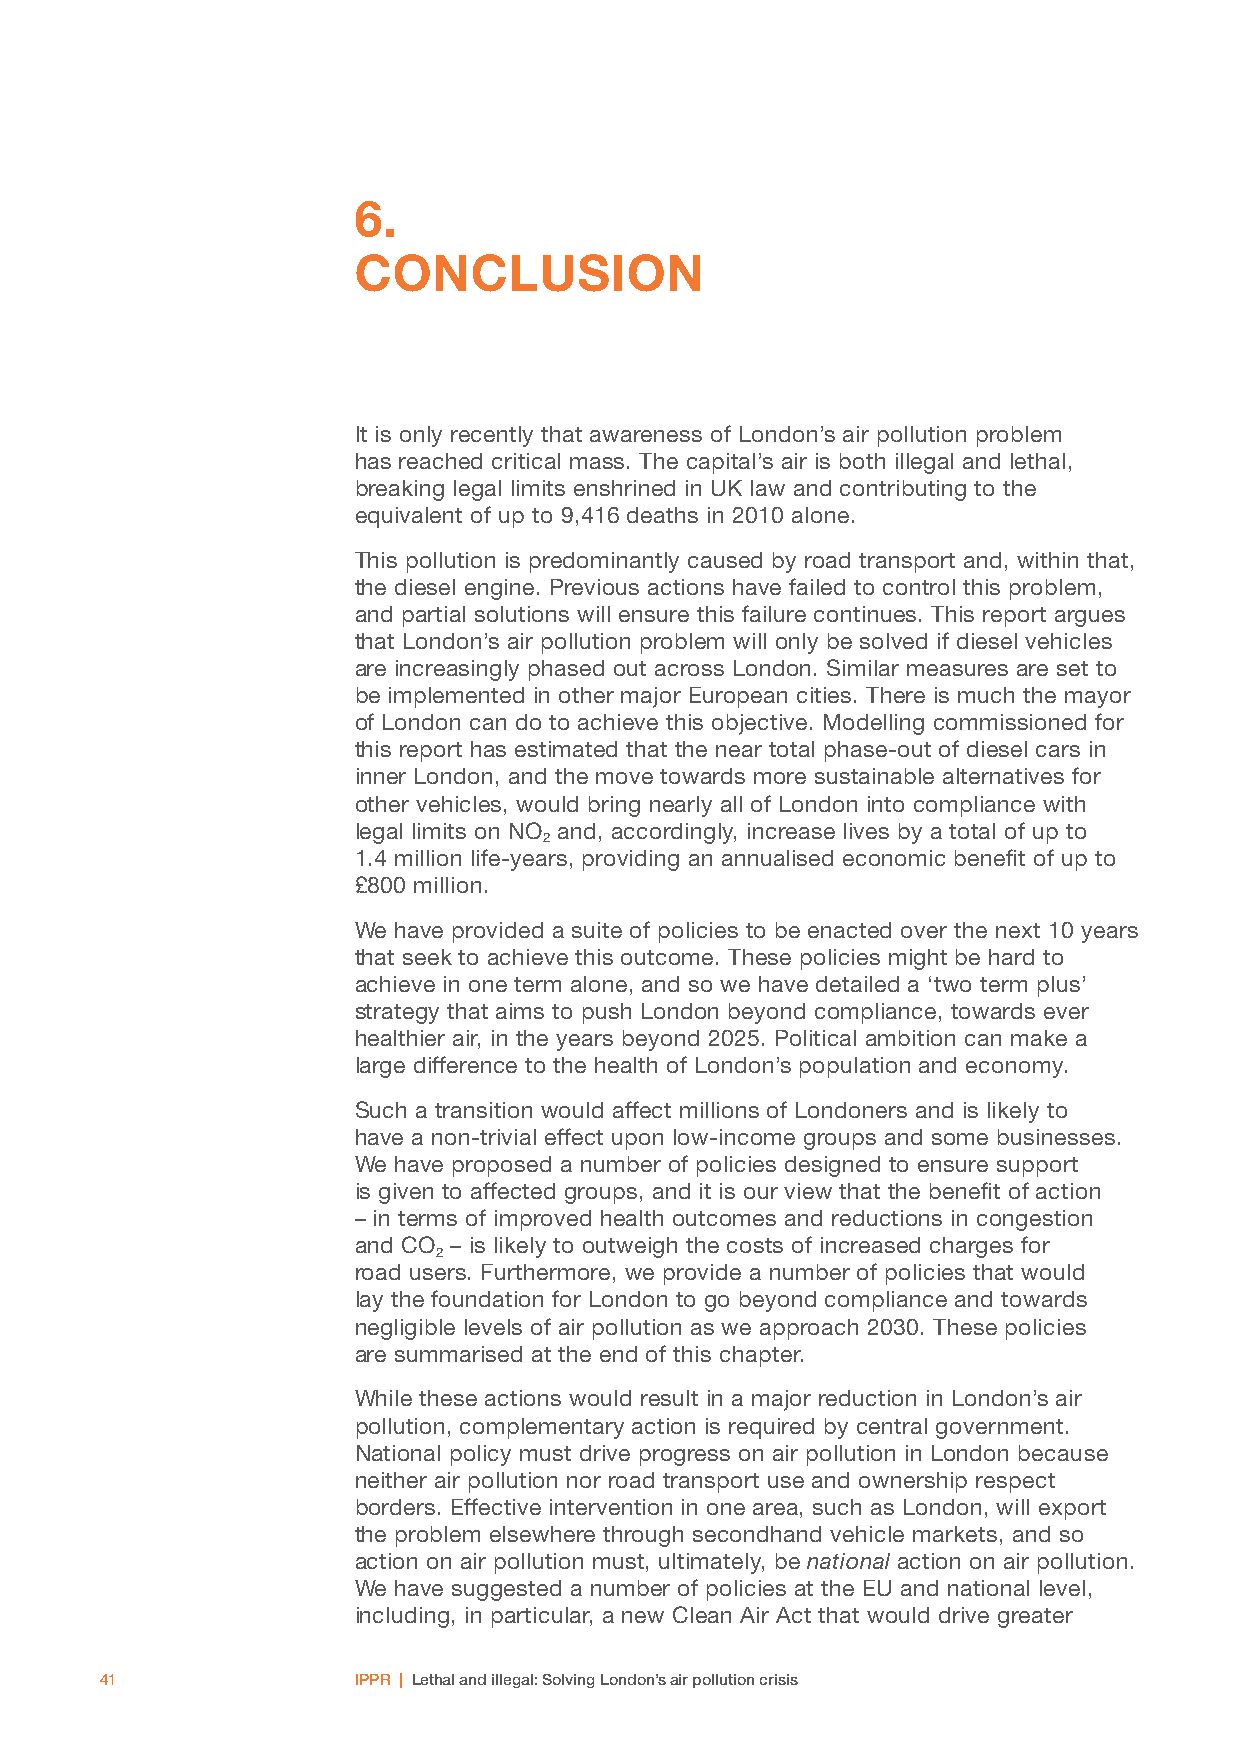
6.
 CONCLUSION
 It is only recently that awareness of London’s air pollution problem
 has reached critical mass. The capital’s air is both illegal and lethal,
 breaking legal limits enshrined in UK law and contributing to the
 equivalent of up to 9,416 deaths in 2010 alone.
 This pollution is predominantly caused by road transport and, within that,
 the diesel engine. Previous actions have failed to control this problem,
 and partial solutions will ensure this failure continues. This report argues
 that London’s air pollution problem will only be solved if diesel vehicles
 are increasingly phased out across London. Similar measures are set to
 be implemented in other major European cities. There is much the mayor
 of London can do to achieve this objective. Modelling commissioned for
 this report has estimated that the near total phase-out of diesel cars in
 inner London, and the move towards more sustainable alternatives for
 other vehicles, would bring nearly all of London into compliance with
 legal limits on NO and, accordingly, increase lives by a total of up to
 2
 1.4 million life-years, providing an annualised economic benefit of up to
 £800 million.
 We have provided a suite of policies to be enacted over the next 10 years
 that seek to achieve this outcome. These policies might be hard to
 achieve in one term alone, and so we have detailed a ‘two term plus’
 strategy that aims to push London beyond compliance, towards ever
 healthier air, in the years beyond 2025. Political ambition can make a
 large difference to the health of London’s population and economy.
 Such a transition would affect millions of Londoners and is likely to
 have a non-trivial effect upon low-income groups and some businesses.
 We have proposed a number of policies designed to ensure support
 is given to affected groups, and it is our view that the benefit of action
 – in terms of improved health outcomes and reductions in congestion
 and CO – is likely to outweigh the costs of increased charges for
 2
 road users. Furthermore, we provide a number of policies that would
 lay the foundation for London to go beyond compliance and towards
 negligible levels of air pollution as we approach 2030. These policies
 are summarised at the end of this chapter.
 While these actions would result in a major reduction in London’s air
 pollution, complementary action is required by central government.
 National policy must drive progress on air pollution in London because
 neither air pollution nor road transport use and ownership respect
 borders. Effective intervention in one area, such as London, will export
 the problem elsewhere through secondhand vehicle markets, and so
 action on air pollution must, ultimately, be national action on air pollution.
 We have suggested a number of policies at the EU and national level,
 including, in particular, a new Clean Air Act that would drive greater
 41              IPPR | Lethal and illegal: Solving London’s air pollution crisis